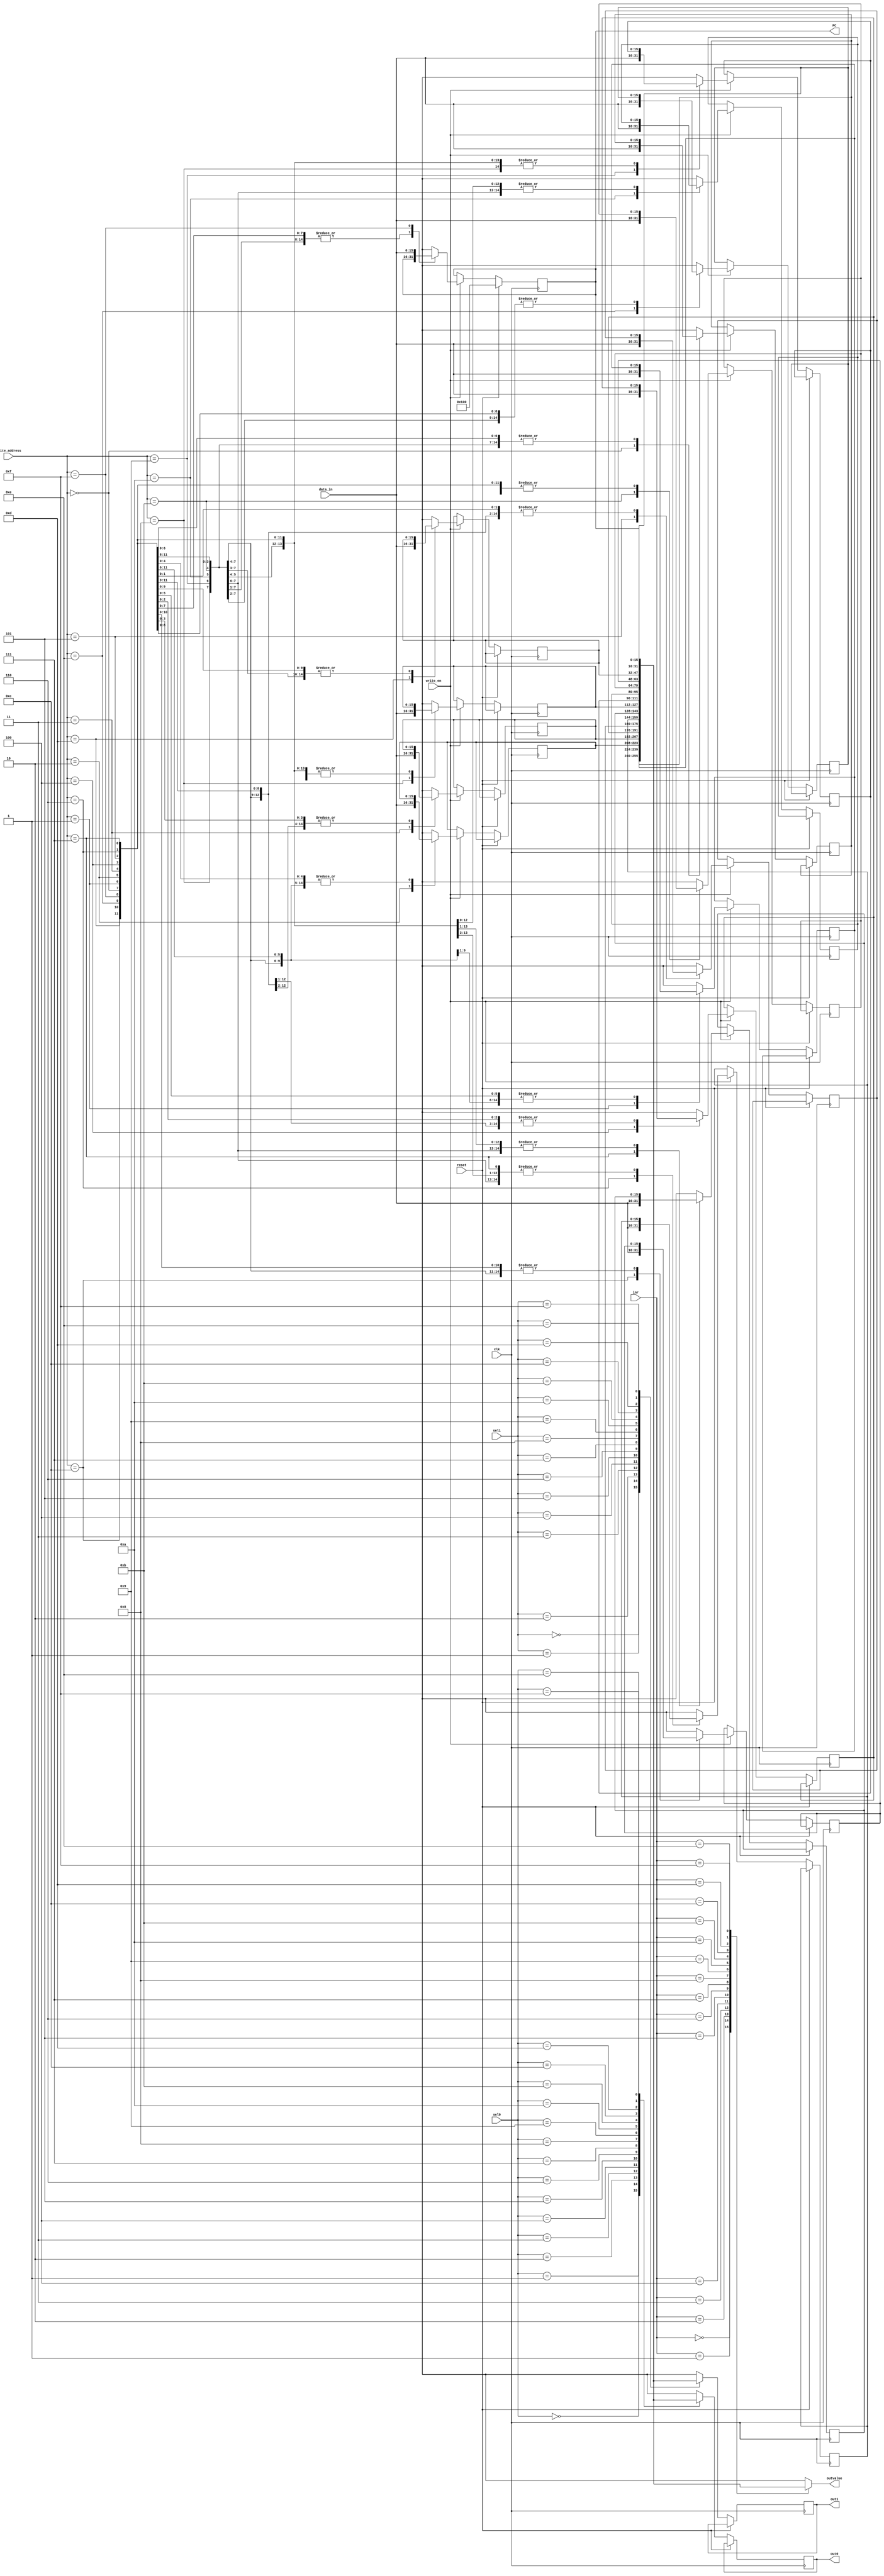
`timescale 1ns / 1ps
//////////////////////////////////////////////////////////////////////////////////
// Company: 
// Engineer: 
// 
// Design Name: 
// Module Name: RegFile
// Project Name: 
// Target Devices: 
// Tool Versions: 
// Description: 
// 
// Dependencies: 
// 
// Revision:
// Revision 0.01 - File Created
// Additional Comments:
// 
//////////////////////////////////////////////////////////////////////////////////


module RegFile(
    input reset,
    input clk,
    input [3:0] sel0,
    input [3:0] sel1,
    input [3:0] inr,
    input [15:0] data_in,
    input [3:0] write_address,
    input write_en,
    output [15:0] PC,
    output reg [15:0] out0,
    output reg [15:0] out1,
    output [15:0] outvalue
    );
    
    reg [15:0] registers [0:15]; //16 16-bit registers
    assign PC = registers[15]; //Set PC output
    assign outvalue = registers[inr];
    
    initial begin
        registers[15] = 16'h0100; //Set PC to starting address
    end
    
    always @(posedge clk) begin
        if (reset) registers[15] = 16'h0100;
        else begin
            //Output selected registers
            out0 <= registers[sel0];
            out1 <= registers[sel1];
            
            //Write if necessary
            if (write_en == 1)
                registers[write_address] = data_in;
        end
    end
endmodule